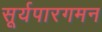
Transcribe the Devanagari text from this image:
सूर्यपारगमन